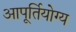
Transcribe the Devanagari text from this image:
आपूर्तियोग्य